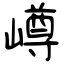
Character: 嶟